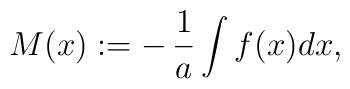
M(x):=-\,{1\over a}\int f(x)dx,